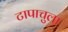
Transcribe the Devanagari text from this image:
टापाचुला